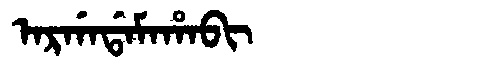
Manchu: ᠠᡵᡤᠠᡩᠠᠮᠠᡥᠠᠪᡳ
Romanization: ARGADAMAHABI